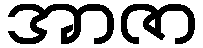
အာဇာ